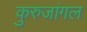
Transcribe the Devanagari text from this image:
कुरुजांगल